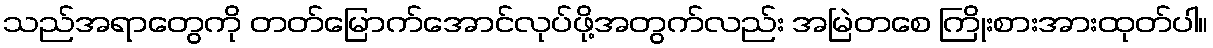
သည်အရာတွေကို တတ်မြောက်အောင်လုပ်ဖို့အတွက်လည်း အမြဲတစေ ကြိုးစားအားထုတ်ပါ။